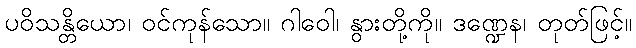
ပဝိသန္တိယော၊ ဝင်ကုန်သော။ ဂါဝေါ၊ နွားတို့ကို။ ဒဏ္ဍေန၊ တုတ်ဖြင့်။